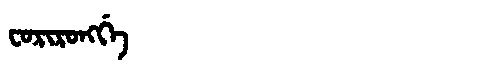
Manchu: ᠸᠣᡵᡳᡵᠣᠩᡤᡝ
Romanization: FORIRONGGE